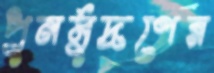
পুনর্মুদ্রণের